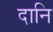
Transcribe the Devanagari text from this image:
दानि